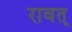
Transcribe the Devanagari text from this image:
रावत्